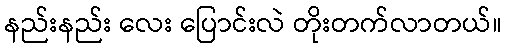
နည်းနည်း လေး ပြောင်းလဲ တိုးတက်လာတယ်။